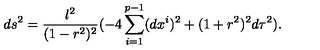
d s ^ { 2 } = \frac { l ^ { 2 } } { ( 1 - r ^ { 2 } ) ^ { 2 } } ( - 4 \sum _ { i = 1 } ^ { p - 1 } ( d x ^ { i } ) ^ { 2 } + ( 1 + r ^ { 2 } ) ^ { 2 } d \tau ^ { 2 } ) .